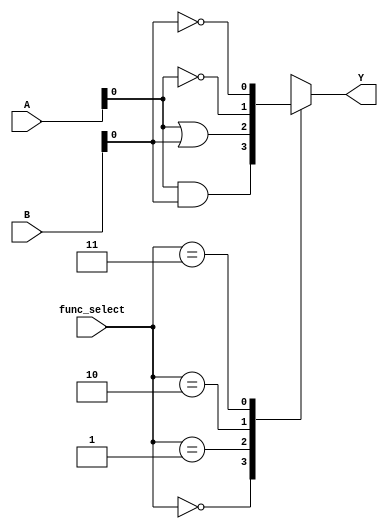
module combinational_logic_block (
    input wire [3:0] A,  // 4-bit input
    input wire [3:0] B,  // 4-bit input
    input wire [1:0] func_select, // Function select for multiplexing
    output wire Y        // Output
);

    // Internal signals for different logic functions
    wire and_out;
    wire or_out;
    wire not_out_A, not_out_B;
    wire nand_out;
    wire nor_out;
    wire xor_out;
    wire xnor_out;

    // Logic function implementations
    assign and_out = A & B;         // AND
    assign or_out = A | B;          // OR
    assign not_out_A = ~A;          // NOT A
    assign not_out_B = ~B;          // NOT B
    assign nand_out = ~(A & B);     // NAND
    assign nor_out = ~(A | B);      // NOR
    assign xor_out = A ^ B;         // XOR
    assign xnor_out = ~(A ^ B);     // XNOR

    // Multiplexer to select the output based on func_select
    always @(*) begin
        case (func_select)
            2'b00: Y = and_out;   // AND function
            2'b01: Y = or_out;    // OR function
            2'b10: Y = not_out_A; // NOT A function
            2'b11: Y = not_out_B; // NOT B function
            // Additional cases for other functions
            // You can expand the selection for NAND, NOR, XOR, XNOR etc. 
            default: Y = 1'b0;    // Default case
        endcase
    end

endmodule